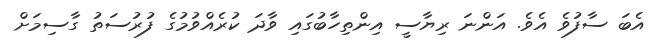
އެބަ ސާފުވެ އެވެ. އަންނަ ރިޔާސީ އިންތިހާބުގައި ވާދަ ކުރެއްވުމުގެ ފުރުސަތު ގާސިމަށް